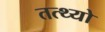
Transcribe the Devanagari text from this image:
तत्थ्यो